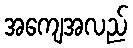
အကျေအလည်